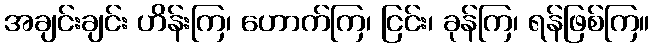
အချင်းချင်း ဟိန်းကြ၊ ဟောက်ကြ၊ ငြင်း၊ ခုန်ကြ၊ ရန်ဖြစ်ကြ။